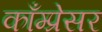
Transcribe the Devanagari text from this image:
काँम्प्रेसर